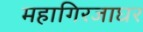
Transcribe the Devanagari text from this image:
महागिरजाघर